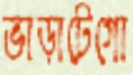
ভাড়াটেগো